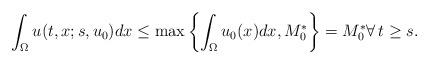
LaTeX: \begin{align*}\int_\Omega u(t,x;s,u_0)dx\le \max\left\{\int_\Omega u_0(x)dx,M_0^*\right\}=M_0^*\forall\, t\ge s.\end{align*}